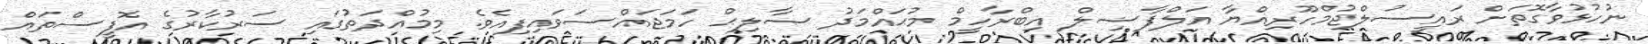
ނުހުޅުވާގޮތަށް ރައީސުލްޖުމްހޫރިއްޔާ އަލްފާޟިލް އިބްރާހީމް މުޙައްމަދު ޞާލިޙް ހަމަޖައްސަވައިފިއެވެ. މިމުއްދަތުގައި ސަރުކާރުގެ އޮފީސްތައް